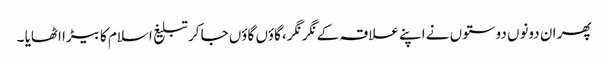
پھر ان دونوں دوستوں نے اپنے علاقہ کے نگر نگر ،گاؤں گاؤں جا کر تبلیغ اسلام کا بیڑا اٹھایا ۔